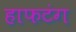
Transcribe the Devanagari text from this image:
हाफटंग